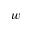
w